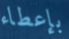
بإعطاء